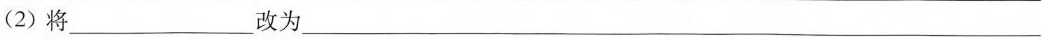
(2)将___改为___